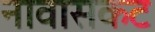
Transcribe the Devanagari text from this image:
नावासकट